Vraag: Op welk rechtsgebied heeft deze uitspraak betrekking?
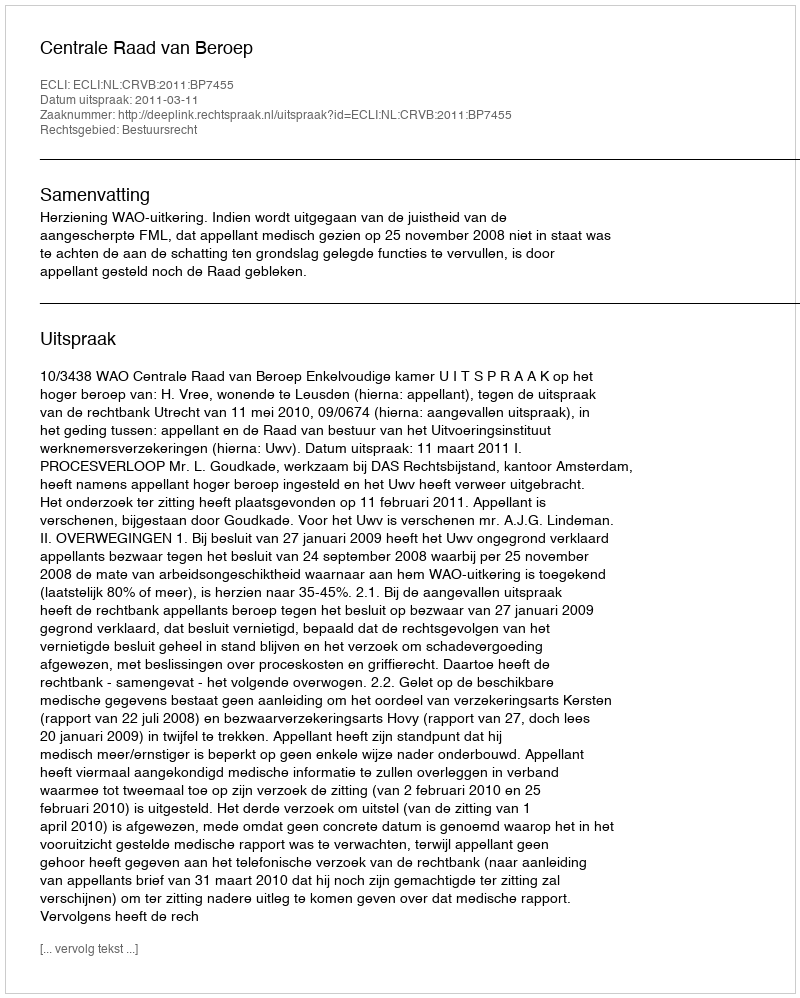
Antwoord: Bestuursrecht